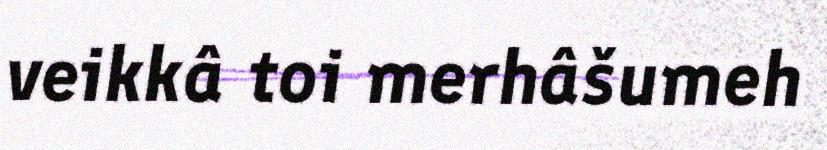
veikkâ toi merhâšumeh